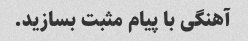
آهنگی با پیام مثبت بسازید.